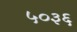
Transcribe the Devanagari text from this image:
५०३६